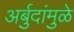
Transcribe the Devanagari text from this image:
अर्बुदांमुळे